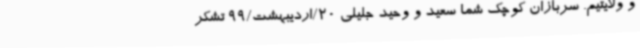
و ولایتیم. سربازان کوچک شما سعید و وحید جلیلی 20/اردیبهشت/99 تشکر